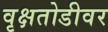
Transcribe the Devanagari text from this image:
वृक्षतोडीवर